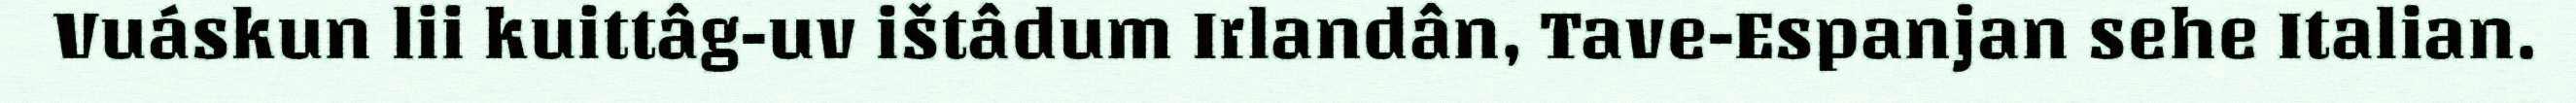
Vuáskun lii kuittâg-uv ištâdum Irlandân, Tave-Espanjan sehe Italian.